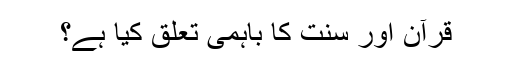
قرآن اور سنت کا باہمی تعلق کیا ہے؟